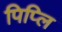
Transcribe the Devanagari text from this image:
पिप्लि